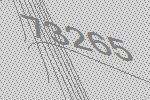
73265